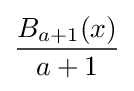
{\frac {B_{a+1}(x)}{a+1}}